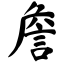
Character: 詹